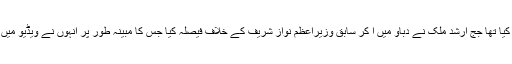
مریم نواز نے دعویٰ کیا تھا جج ارشد ملک نے دباؤ میں آ کر سابق وزیراعظم نواز شریف کے خلاف فیصلہ کیا جس کا مبینہ طور پر انہوں نے ویڈیو میں بھی اعتراف کیا ہے۔